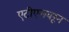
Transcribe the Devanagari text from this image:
एटीएमवरून